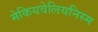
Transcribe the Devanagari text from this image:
मेकियवेलियनिस्म